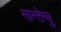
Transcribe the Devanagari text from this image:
मान्टेग्यु